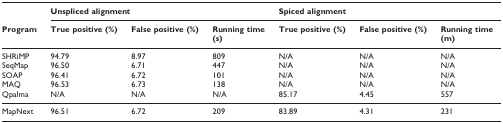
<table><thead><tr><td></td><td colspan="3"><b>Unspliced alignment</b></td><td colspan="3"><b>Spiced alignment</b></td></tr><tr><td><b>Program</b></td><td><b>True positive (%)</b></td><td><b>False positive (%)</b></td><td><b>Running time(s)</b></td><td><b>True positive (%)</b></td><td><b>False positive (%)</b></td><td><b>Running time(m)</b></td></tr></thead><tbody><tr><td>SHRiMP</td><td>94.79</td><td>8.97</td><td>809</td><td>N/A</td><td>N/A</td><td>N/A</td></tr><tr><td>SeqMap</td><td>96.50</td><td>6.71</td><td>447</td><td>N/A</td><td>N/A</td><td>N/A</td></tr><tr><td>SOAP</td><td>96.41</td><td>6.72</td><td>101</td><td>N/A</td><td>N/A</td><td>N/A</td></tr><tr><td>MAQ</td><td>96.53</td><td>6.73</td><td>138</td><td>N/A</td><td>N/A</td><td>N/A</td></tr><tr><td>Qpalma</td><td>N/A</td><td>N/A</td><td>N/A</td><td>85.17</td><td>4.45</td><td>557</td></tr><tr><td>MapNext</td><td>96.51</td><td>6.72</td><td>209</td><td>83.89</td><td>4.31</td><td>231</td></tr></tbody></table>